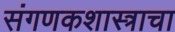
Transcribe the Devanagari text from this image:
संगणकशास्त्राचा